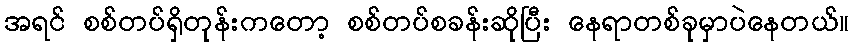
အရင် စစ်တပ်ရှိတုန်းကတော့ စစ်တပ်စခန်းဆိုပြီး နေရာတစ်ခုမှာပဲနေတယ်။